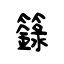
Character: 籙